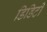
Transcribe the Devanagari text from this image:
डिडिटी